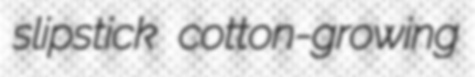
slipstick cotton-growing